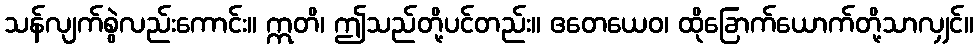
သန်လျက်စွဲလည်းကောင်း။ ဣတိ၊ ဤသည်တို့ပင်တည်း။ ဧတေယေဝ၊ ထိုခြောက်ယောက်တို့သာလျှင်။